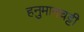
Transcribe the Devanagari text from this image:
हनुमानचट्टी